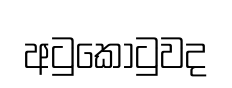
අටුකොටුවද